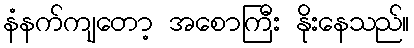
နံနက်ကျတော့ အစောကြီး နိုးနေသည်။